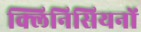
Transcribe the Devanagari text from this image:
क्लिनिसियनों